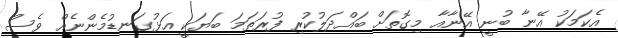
އެކަމަކު އޭނާ ބުނީ އޭނާއާ މިގޮތަށް ބައްދަލުކުރި ފުރަތަމަ ބަޔަކީ އަޅުގަނޑުމެންނެއް ވެސް